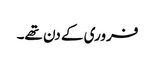
فروری کے دن تھے۔